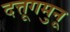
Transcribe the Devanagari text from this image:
दत्तूगमुनू